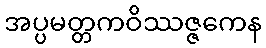
အပ္ပမတ္တကဝိဿဇ္ဇကေန